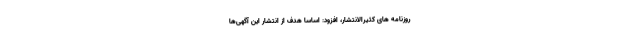
روزنامه های کثيرالانتشار، افزود: اساساً هدف از انتشار این آگهی‌ها